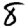
Digit: 8